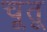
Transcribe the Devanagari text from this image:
चूतू